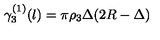
\gamma _ { 3 } ^ { ( 1 ) } ( l ) = \pi { \rho _ { 3 } } \Delta ( 2 R - \Delta )